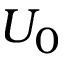
U _ { 0 }